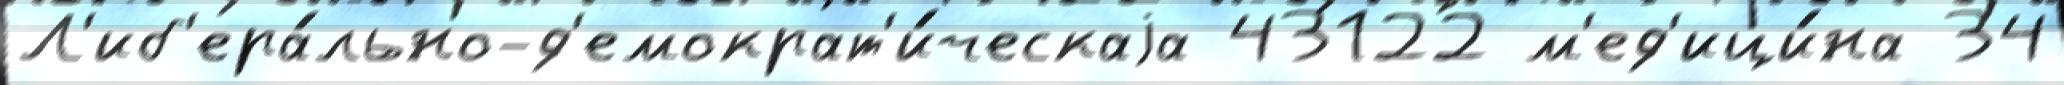
Л'иб'ера́льно-д'емократ'и́ческаjа 43122 м'ед'ици́на 34